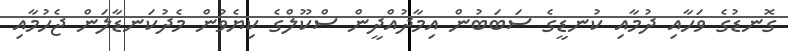
ގޮނޑުގެ ވަހާއި ދުމާއި ކުނޑީގެ ސަބަބުން އިމާދުއްދީން ސްކޫލްގެ ކިޔެވުން މެދުކަނޑާލަން ޖެހުމާއި